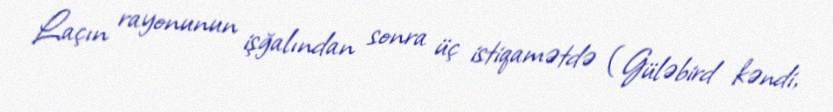
Laçın rayonunun işğalından sonra üç istiqamətdə (Güləbird kəndi,